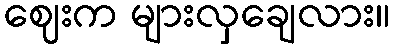
ဈေးက များလှချေလား။